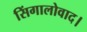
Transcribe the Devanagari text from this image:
सिंगालोवाद।